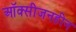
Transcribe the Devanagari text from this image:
ऑक्सीजनहीन